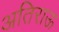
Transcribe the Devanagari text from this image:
अतिराऊ